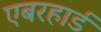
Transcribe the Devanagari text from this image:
एबरहार्ड